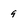
Character: 9